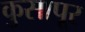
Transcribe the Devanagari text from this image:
कुसापूर